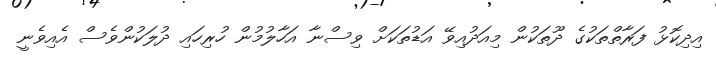
އިދިކޮޅު ފަރާތްތަކުގެ ދޫތަކުން މިއަދުއިވޭ އަޑުތަކަށް ވިސްނާ އަހާލުމުން ހުރިހައި ދުލަކުންވެސް އެއިވެނީ